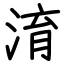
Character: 淯